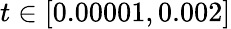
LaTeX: t\in[0.00001,0.002]